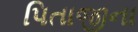
પિતાજીના